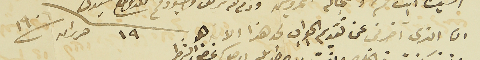
ان الذي اخرني عن تقديم الجواب لحد هذا الان هو ١٩ حزيران ١٩٠٦